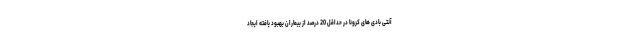
آنتی بادی های کرونا در حداقل 20 درصد از بیماران بهبود یافته ایجاد